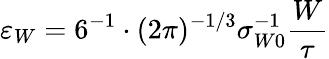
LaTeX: \varepsilon_{W}=6^{-1}\cdot(2\pi)^{-1/3}\sigma_{W0}^{-1}\frac{W}{\tau}